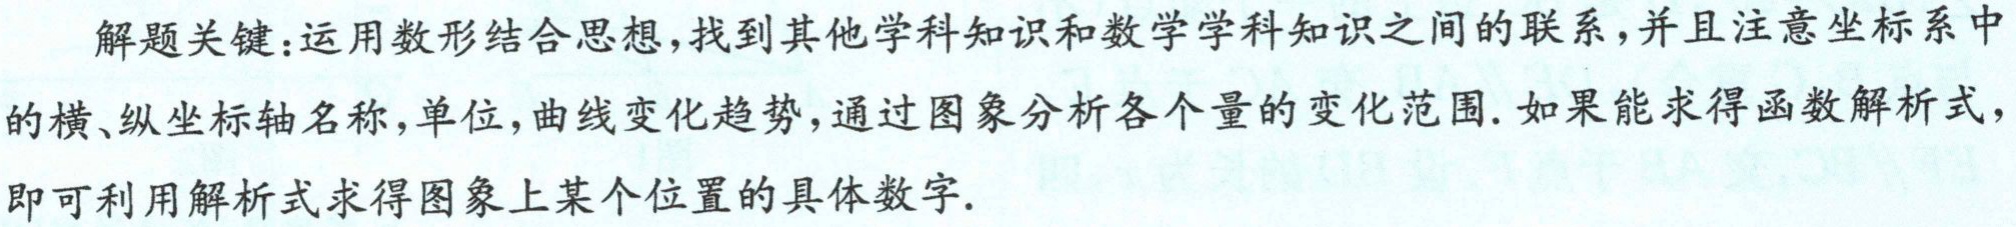
解题关键：运用数形结合思想，找到其他学科知识和数学学科知识之间的联系，并且注意坐标系中

的横、纵坐标轴名称，单位，曲线变化趋势，通过图象分析各个量的变化范围. 如果能求得函数解析式，

即可利用解析式求得图象上某个位置的具体数字.